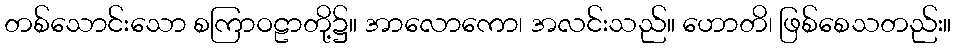
တစ်သောင်းသော စကြာဝဠာတို့၌။ အာလောကော၊ အလင်းသည်။ ဟောတိ၊ ဖြစ်စေသတည်း။